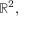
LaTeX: \mathbb { R } ^ { 2 } ,